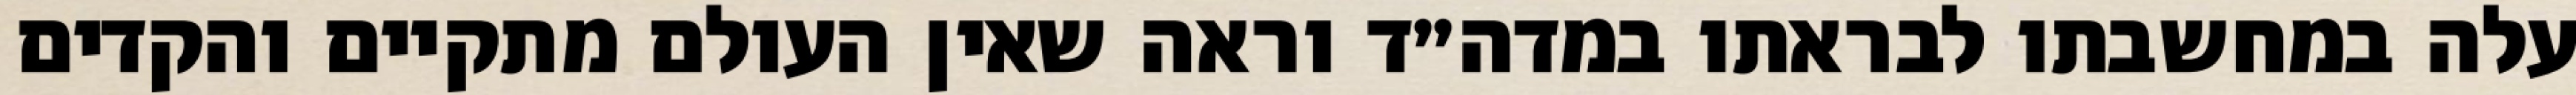
עלה במחשבתו לבראתו במדה״ד וראה שאין העולם מתקיים והקדים